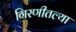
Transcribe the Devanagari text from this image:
गिरणीतल्या